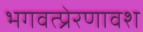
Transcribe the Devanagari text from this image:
भगवत्प्रेरणावश